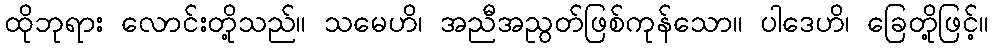
ထိုဘုရား လောင်းတို့သည်။ သမေဟိ၊ အညီအညွတ်ဖြစ်ကုန်သော။ ပါဒေဟိ၊ ခြေတို့ဖြင့်။